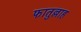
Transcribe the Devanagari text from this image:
फातुल्लाह